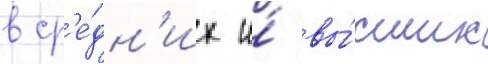
в ср'е́дн'их и́ вы́сших